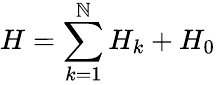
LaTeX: H=\sum_{k=1}^{\mathbb{N}}{{{H}_{k}}}+{{H}_{0}}